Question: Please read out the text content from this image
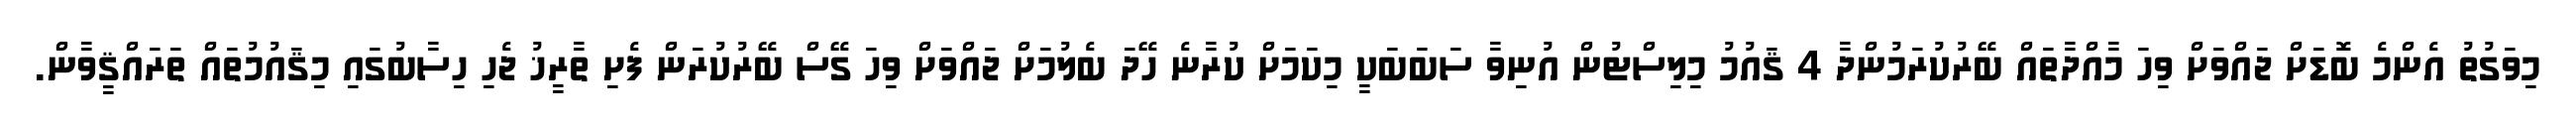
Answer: މިވަގުތު އެންމެ ބޮޑަށް ޖައްވަށް ވިހަ މާއްދާތައް ބޭރުކުރަމުންދާ 4 ޤައުމު މިލިސްޓުން އުނިވާ ސަބަބަކީ މިކަމަށް ކުރާނެ ހޭދަ ބެލުމަށް ޖައްވަށް ވިހަ ގޭސް ބޭރުކުރަން ފެށި ތާރީޚު ޖެހި ހިސާބުގައި މިޤައުމުތައް ތަރައްޤީވާން.